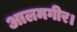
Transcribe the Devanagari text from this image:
आलमगीर।